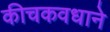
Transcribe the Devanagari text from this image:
कीचकवधाने